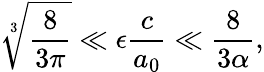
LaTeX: \sqrt[3]{\frac{8}{3\pi}}\ll\epsilon\frac{c}{a_{0}}\ll\frac{8}{3\alpha},